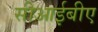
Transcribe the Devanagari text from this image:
सीआईबीए